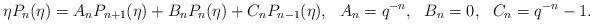
LaTeX: \begin{align*} \eta P_n(\eta)=A_nP_{n+1}(\eta)+B_nP_n(\eta)+C_nP_{n-1}(\eta), \ \ A_n=q^{-n},\ \ B_n=0,\ \ C_n=q^{-n}-1. \end{align*}